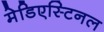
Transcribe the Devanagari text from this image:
मेडिएस्टिनल